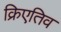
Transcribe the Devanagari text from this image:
क्रिएतिव